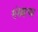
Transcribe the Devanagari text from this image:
संख्याच्या